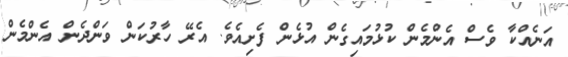
އަނެއްކާ ވެސް އެންމެން ކުޅުމައިގެން އުޅެން ފެށިއެވެ. އެރޭ ހާރުކަން ވަންދެން އެންމެން